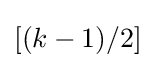
[(k-1)/2]